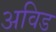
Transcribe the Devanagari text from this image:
अविड